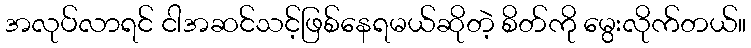
အလုပ်လာရင် ငါအဆင်သင့်ဖြစ်နေရမယ်ဆိုတဲ့ စိတ်ကို မွေးလိုက်တယ်။